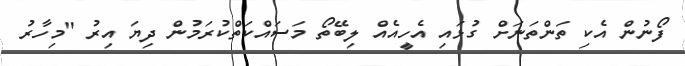
ފޯނުން އެކި ތަންތަނަށް ގުޅައި އެހީއެއް ލިބޭތޯ މަސައްކަތްކުރަމުން ދިޔަ އިރު "މިހާރު